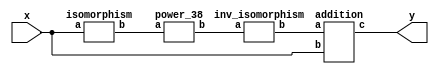
`timescale 1ns/100ps
module SMSS32_2_38_np_10_5(x,y);
	 input [5:0] x;
	 output [5:0] y;
	 wire [5:0] z;
	 wire [5:0] w;
	 wire [5:0] p;
	 isomorphism C1 (x,z);
	 power_38 C2 (z,w);
	 inv_isomorphism C3 (w,p);
	 addition C4 (p,x,y);
endmodule

module add_base(a,b,c);
	 input [2:0] a;
	 input [2:0] b;
	 output [2:0] c;
	 assign c[0]=a[0]^b[0];
	 assign c[1]=a[1]^b[1];
	 assign c[2]=a[2]^b[2];
endmodule

module multiplication_base(a,b,c);
	 input [2:0] a;
	 input [2:0] b;
	 output [2:0] c;
	 assign c[0]=(a[0]&b[0])^(a[1]&b[2])^(a[2]&b[1])^(a[2]&b[2]);
	 assign c[1]=(a[0]&b[1])^(a[1]&b[0])^(a[2]&b[2]);
	 assign c[2]=(a[2]&b[0])^(a[1]&b[1])^(a[0]&b[2])^(a[1]&b[2])^(a[2]&b[1])^(a[2]&b[2]);
endmodule

module square_base(a,b);
	 input [2:0] a;
	 output[2:0] b;
	 assign b[0]=a[0]^a[2];
	 assign b[1]=a[2];
	 assign b[2]=a[1]^a[2];
endmodule

module four_base(a,b);
	 input [2:0] a;
	 output[2:0] b;
	 assign b[0]=a[0]^a[1];
	 assign b[1]=a[1]^a[2];
	 assign b[2]=a[1];
endmodule

module power_38(a,b);
	 input [5:0] a;
	 output [5:0] b;
	 wire [2:0] x_0;
	 wire [2:0] x_1;
	 wire [2:0] x_2;
	 wire [2:0] x_3;
	 wire [2:0] x_4;
	 wire [2:0] x_5;
	 wire [2:0] x_6;
	 wire [2:0] x_7;
	 wire [2:0] y_0;
	 wire [2:0] y_1;
	 assign x_0[0]=a[0];
	 assign x_0[1]=a[1];
	 assign x_0[2]=a[2];
	 assign x_1[0]=a[3];
	 assign x_1[1]=a[4];
	 assign x_1[2]=a[5];
	 square_base  A1 (x_0,x_2);
	 square_base  A2 (x_1,x_3);
	 multiplication_base A3 (x_0,x_1,x_4);
	 four_base  A4 (x_4,x_5);
	 add_base A5 (x_0,x_1,x_6);
	 add_base A6 (x_5,x_6,x_7);
	 multiplication_base A7 (x_2,x_7,y_0);
	 multiplication_base A8 (x_3,x_7,y_1);
	 assign b[0]=y_1[0];
	 assign b[1]=y_1[1];
	 assign b[2]=y_1[2];
	 assign b[3]=y_0[0];
	 assign b[4]=y_0[1];
	 assign b[5]=y_0[2];
endmodule

module inv_isomorphism(a,b);
	 input [5:0] a;
	 output [5:0] b;
	 assign b[0]=a[0]^a[2]^a[3]^a[4]^a[5];
	 assign b[1]=a[3]^a[5];
	 assign b[2]=a[4];
	 assign b[3]=a[0]^a[1]^a[4];
	 assign b[4]=a[2];
	 assign b[5]=a[1]^a[2]^a[4];
endmodule

module isomorphism(a,b);
	 input [5:0] a;
	 output [5:0] b;
	 assign b[0]=a[0]^a[1]^a[2]^a[5];
	 assign b[1]=a[1]^a[2];
	 assign b[2]=a[1]^a[4];
	 assign b[3]=a[0]^a[3];
	 assign b[4]=a[3]^a[4]^a[5];
	 assign b[5]=a[1]^a[3];
endmodule

module addition(a,b,c);
	 input [5:0] a;
	 input [5:0] b;
	 wire t;
	 output [5:0] c;
	 assign t=b[2]^b[4];
	 assign c[0]=a[0]^t;
	 assign c[1]=a[1]^t;
	 assign c[2]=a[2]^t;
	 assign c[3]=a[3]^t;
	 assign c[4]=a[4]^t;
	 assign c[5]=a[5]^t;
endmodule